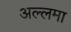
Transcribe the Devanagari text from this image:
अल्‍लमा